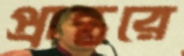
প্রান্তরে